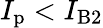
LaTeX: I_{\mathrm{p}}<I_{\mathrm{B}2}